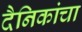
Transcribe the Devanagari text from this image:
दैनिकांचा